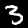
Label: 3